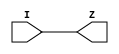
`timescale 1ns/1ps

`celldefine
module LS_HL (input I, output Z);
    buf (Z, I);
    specify
        (I => Z) = (0, 0);
    endspecify
endmodule
`endcelldefine

`celldefine
module LS_LH (input I, output Z);
    buf (Z, I);
    specify
        (I => Z) = (0, 0);
    endspecify
endmodule
`endcelldefine